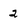
Character: 2